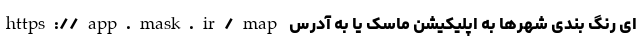
ای رنگ بندی شهرها به اپلیکیشن ماسک یا به آدرس https://app.mask.ir/map